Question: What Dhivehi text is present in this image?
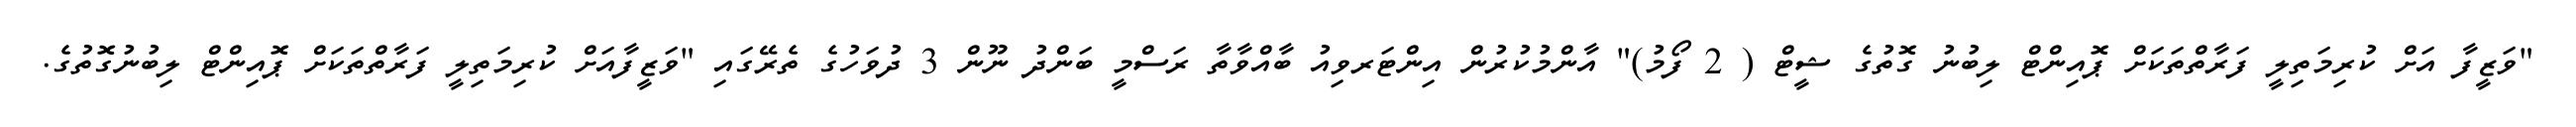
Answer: "ވަޒީފާ އަށް ކުރިމަތިލީ ފަރާތްތަކަށް ޕޮއިންޓް ލިބުނު ގޮތުގެ ޝީޓް ( 2 ފޯމު)" އާންމުކުރުން އިންޓަރވިއު ބާއްވާތާ ރަސްމީ ބަންދު ނޫން 3 ދުވަހުގެ ތެރޭގައި "ވަޒީފާއަށް ކުރިމަތިލީ ފަރާތްތަކަށް ޕޮއިންޓް ލިބުނުގޮތުގެ.